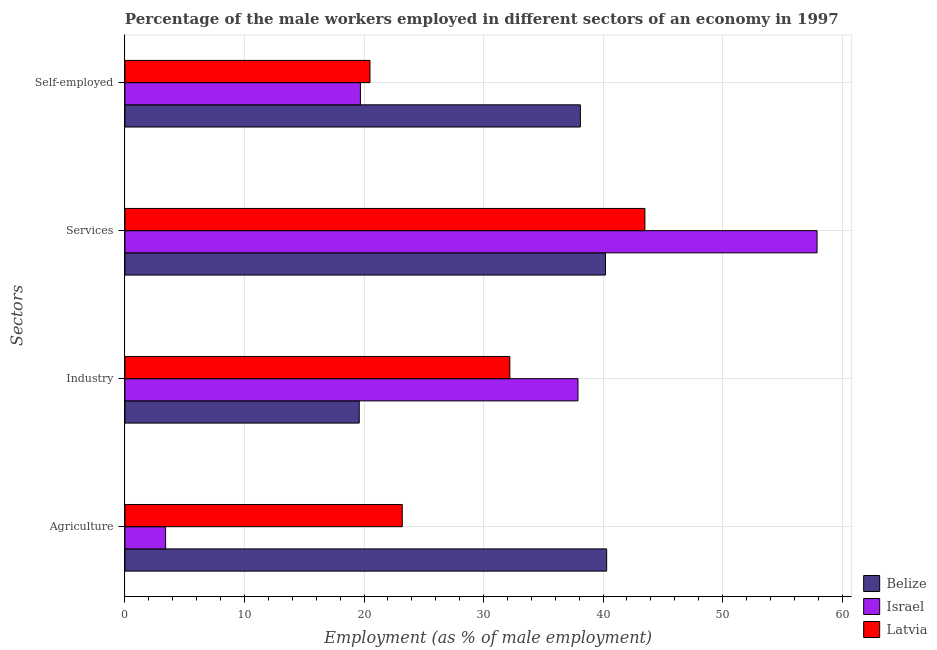
| Sectors | Belize | Israel | Latvia |
 | --- | --- | --- | --- |
 | Agriculture | 40.3 | 3.4 | 23.2 |
 | Industry | 19.6 | 37.9 | 32.2 |
 | Services | 40.2 | 57.9 | 43.5 |
 | Self-employed | 38.1 | 19.7 | 20.5 |